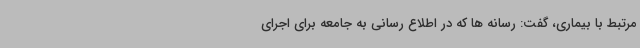
مرتبط با بیماری، گفت: رسانه ها که در اطلاع رسانی به جامعه برای اجرای